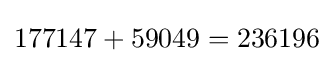
177147+59049=236196